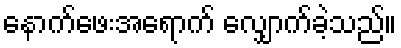
နောက်ဖေးအရောက် လျှောက်ခဲ့သည်။